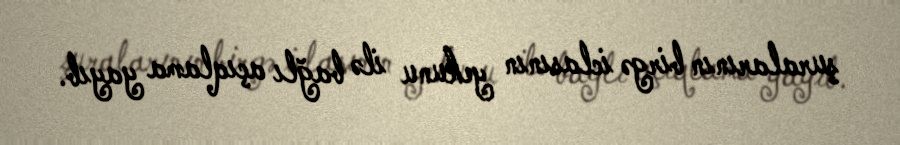
şuralarının birgə iclasının yekunu ilə bağlı açıqlama yayıb.